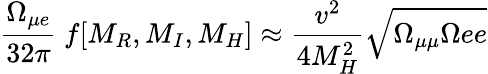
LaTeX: \frac{\Omega_{\mu e}}{32\pi}\ f[M_{R},M_{I},M_{H}]\approx\frac{v^{2}}{4M_{H}^{2}}\sqrt{\Omega_{\mu\mu}\Omega{ee}}